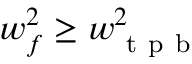
w _ { f } ^ { 2 } \geq w _ { \mathrm { ~ t ~ p ~ b ~ } } ^ { 2 }